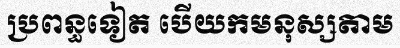
ប្រពន្ធទៀត បើយកមនុស្សតាម